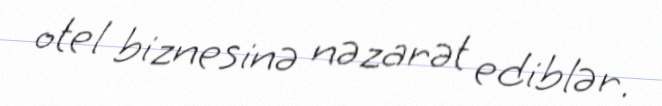
otel biznesinə nəzarət ediblər.